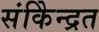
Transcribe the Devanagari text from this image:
संकेिन्द्रत